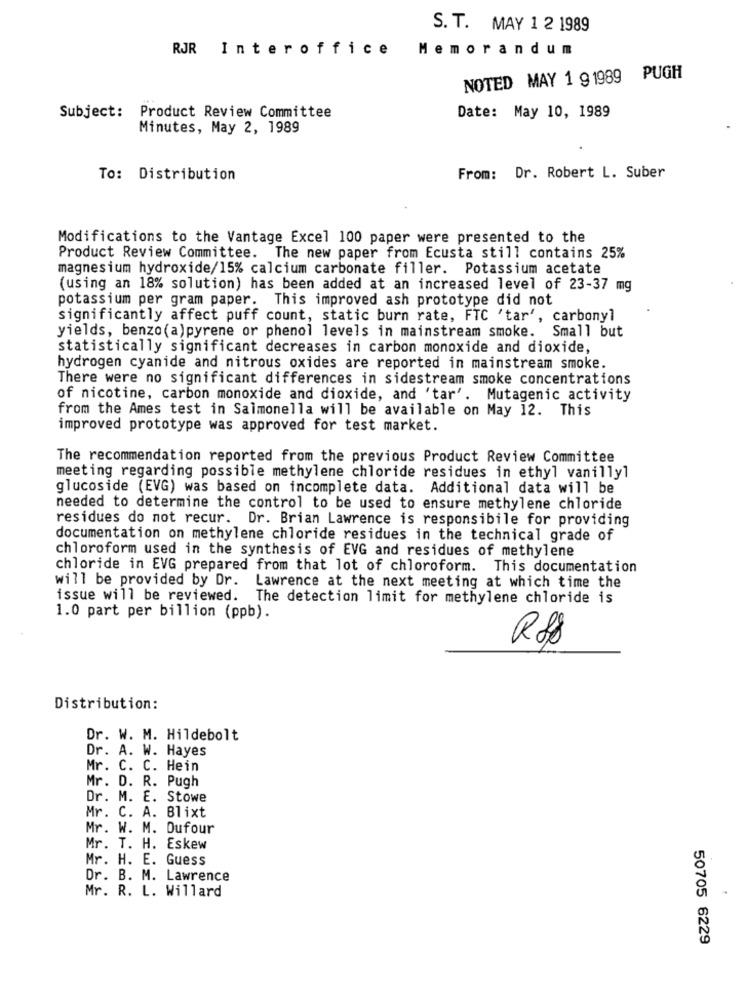
S. T. MAY 1 2 1989
RJR Interoffice Memorandum
NOTED MAY 1 9 1989 PUGH
Subject: Product Review Committee
Date: May 10, 1989
Minutes, May 2, 1989
To: Distribution
From: Dr. Robert L. Suber
Modifications to the Vantage Excel 100 paper were presented to the
Product Review Committee. The new paper from Ecusta still contains 25%
magnesium hydroxide/15% calcium carbonate filler. Potassium acetate
(using an 18% solution) has been added at an increased level of 23-37 mg
potassium per gram paper. This improved ash prototype did not
significantly affect puff count, static burn rate, FTC 'tar', carbonyl
yields, benzo(a)pyrene or phenol levels in mainstream smoke. Small but
statistically significant decreases in carbon monoxide and dioxide,
hydrogen cyanide and nitrous oxides are reported in mainstream smoke.
There were no significant differences in sidestream smoke concentrations
of nicotine, carbon monoxide and dioxide, and 'tar'. Mutagenic activity
from the Ames test in Salmonella will be available on May 12. This
improved prototype was approved for test market.
The recommendation reported from the previous Product Review Committee
meeting regarding possible methylene chloride residues in ethyl vanilly1
glucoside (EVG) was based on incomplete data. Additional data will be
needed to determine the control to be used to ensure methylene chloride
residues do not recur. Dr. Brian Lawrence is responsibile for providing
documentation on methylene chloride residues in the technical grade of
chloroform used in the synthesis of EVG and residues of methylene
chloride in EVG prepared from that lot of chloroform. This documentation
will be provided by Dr. Lawrence at the next meeting at which time the
issue will be reviewed. The detection limit for methylene chloride is
1.0 part per billion (ppb).
R88
Distribution:
Dr. W. M. Hildebolt
Dr. A. W. Hayes
Mr. C. C. Hein
Mr. D. R. Pugh
Dr. M. E. Stowe
Mr. C. A. Blixt
Mr. W. M. Dufour
Mr. T. H. Eskew
Mr. H. E. Guess
Dr. B. M. Lawrence
Mr. R. L. Willard
50705 6229